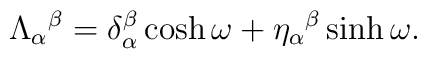
\Lambda_{\alpha}{}^{\beta}=\delta^{\beta}_{\alpha}\cosh\omega +  \eta_{ \alpha}{}^{\beta}\sinh\omega .